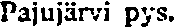
Pajujärvi pys.